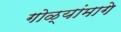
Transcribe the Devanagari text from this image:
गोळ्यांमागे